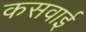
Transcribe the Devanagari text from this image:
कसवाई